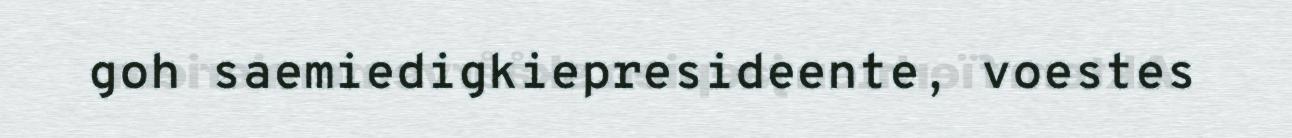
goh saemiedigkiepresideente, voestes